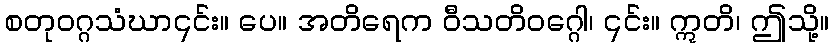
စတုဝဂ္ဂသံဃာ၎င်း။ ပေ။ အတိရေက ဝီသတိဝဂ္ဂေါ၊ ၎င်း။ ဣတိ၊ ဤသို့။